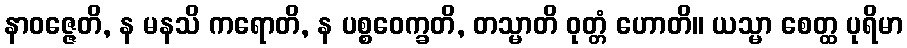
နာဝဇ္ဇေတိ, န မနသိ ကရောတိ, န ပစ္စဝေက္ခတိ, တသ္မာတိ ဝုတ္တံ ဟောတိ။ ယသ္မာ စေတ္ထ ပုရိမာ